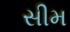
સીમ